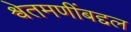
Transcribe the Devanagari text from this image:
श्र्वेतमणींबद्दल